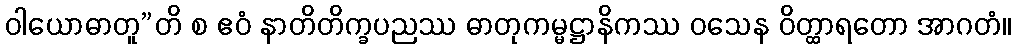
ဝါယောဓာတူ”တိ စ ဧဝံ နာတိတိက္ခပညဿ ဓာတုကမ္မဋ္ဌာနိကဿ ဝသေန ဝိတ္ထာရတော အာဂတံ။